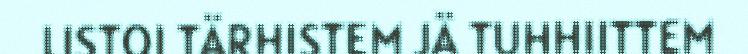
LISTOI TÄRHISTEM JÄ TUHHIITTEM